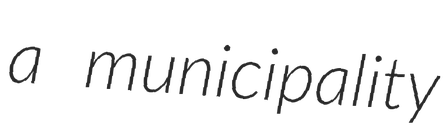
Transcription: a municipality